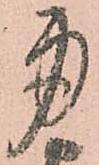
身